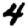
Digit: 4